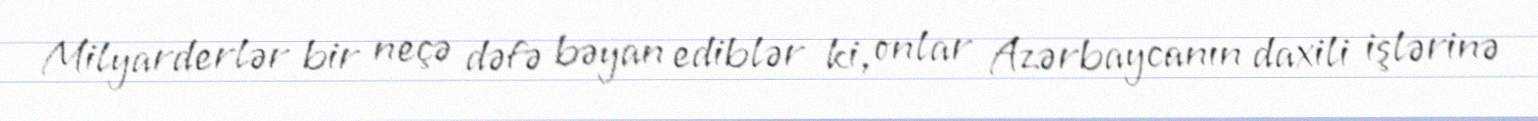
Milyarderlər bir neçə dəfə bəyan ediblər ki, onlar Azərbaycanın daxili işlərinə